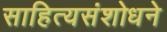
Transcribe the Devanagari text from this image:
साहित्यसंशोधने